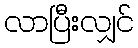
လာပြီးလျှင်